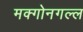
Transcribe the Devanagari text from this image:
मक्गोनगल्ल